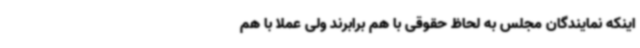
اینکه نمایندگان مجلس به لحاظ حقوقی با هم برابرند ولی عملاً با هم